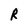
Character: R